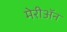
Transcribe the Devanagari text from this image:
मेरीॲन